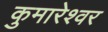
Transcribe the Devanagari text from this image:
कुमारेश्वर